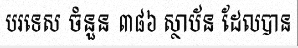
បរទេស ចំនួន ៣៨៦ ស្ថាប័ន ដែលបាន